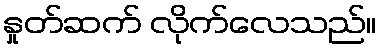
နှုတ်ဆက် လိုက်လေသည်။